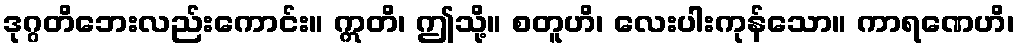
ဒုဂ္ဂတိဘေးလည်းကောင်း။ ဣတိ၊ ဤသို့။ စတူဟိ၊ လေးပါးကုန်သော။ ကာရဏေဟိ၊